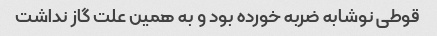
قوطی نوشابه ضربه خورده بود و به همین علت گاز نداشت